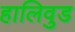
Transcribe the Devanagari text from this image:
हालिवुड